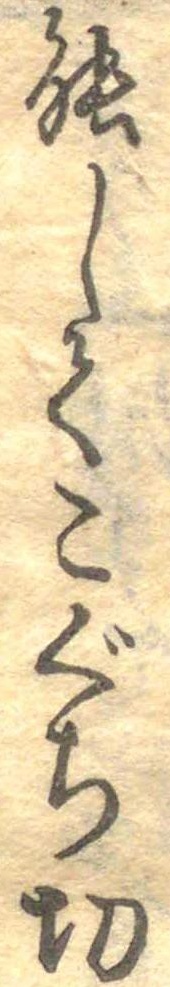
能してこぐち切